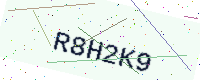
Text: R8H2K9